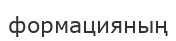
формацияның